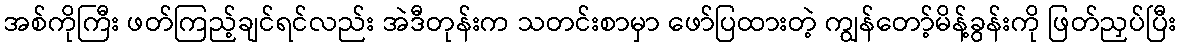
အစ်ကိုကြီး ဖတ်ကြည့်ချင်ရင်လည်း အဲဒီတုန်းက သတင်းစာမှာ ဖော်ပြထားတဲ့ ကျွန်တော့်မိန့်ခွန်းကို ဖြတ်ညှပ်ပြီး